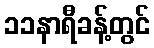
၁၁နာရီခန့်တွင်